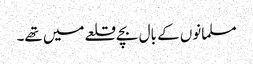
مسلمانوں کے بال بچے قلعے میں تھے۔